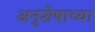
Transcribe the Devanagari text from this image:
अनुशेषाच्या